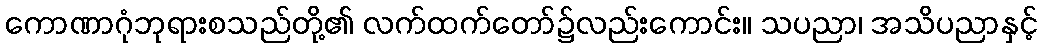
ကောဏာဂုံဘုရားစသည်တို့၏ လက်ထက်တော်၌လည်းကောင်း။ သပညာ၊ အသိပညာနှင့်